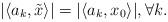
LaTeX: \begin{align*}|\langle a_k,\tilde{x}\rangle|=|\langle a_k,x_0\rangle|, \forall k.\end{align*}